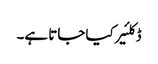
ڈکلئیر کیا جاتا ہے۔